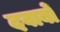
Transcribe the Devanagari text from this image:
दवाबों